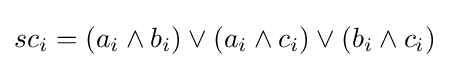
sc_{i}=(a_{i}\wedge b_{i})\vee (a_{i}\wedge c_{i})\vee (b_{i}\wedge c_{i})